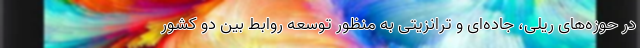
در حوزه‌های ریلی، جاده‌ای و ترانزیتی به منظور توسعه روابط بین دو کشور